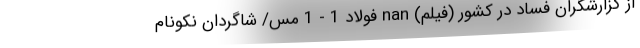
از گزارشگران فساد در کشور (فیلم) nan فولاد 1 - 1 مس/ شاگردان نکونام